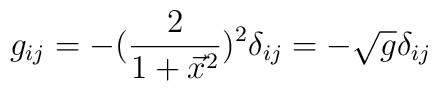
g_{ij} = - ({2 \over 1+ \vec x^2})^2\delta_{ij}= - \sqrt g \delta_{ij}